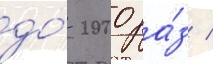
до́ 2000 ра́з /